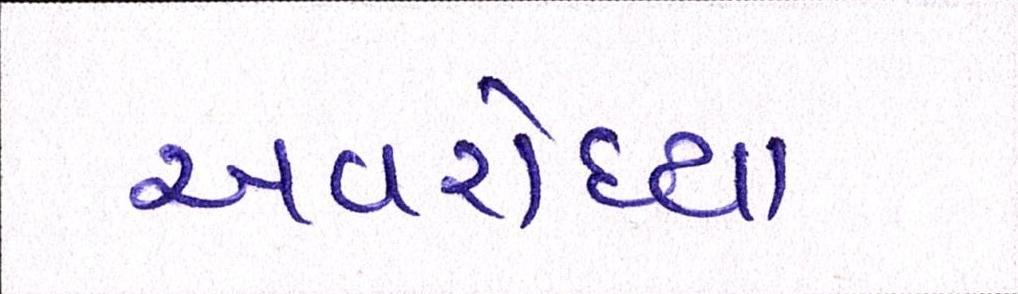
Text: અવરોધ્યા